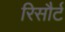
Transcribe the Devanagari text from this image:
रिसौर्ट